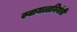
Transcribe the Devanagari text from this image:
स्वायत्तनियंत्री